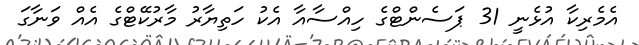
އެމެރިކާ އުޅެނީ 31 ޕަސެންޓްގެ ހިއްސާއާ އެކު ހަތިޔާރު މާރުކޭޓްގެ އެއް ވަނާގަ